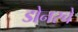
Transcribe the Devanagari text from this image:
डोनरचे